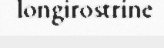
longirostrine